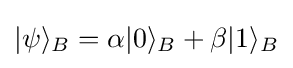
|\psi \rangle _{B}=\alpha |0\rangle _{B}+\beta |1\rangle _{B}